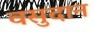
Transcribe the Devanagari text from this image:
वसुदान